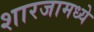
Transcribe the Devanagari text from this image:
शारजामध्ये